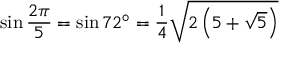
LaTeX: \sin { \frac { 2 \pi } { 5 } } = \sin 7 2 ^ { \circ } = { \frac { 1 } { 4 } } { \sqrt { 2 \left( 5 + { \sqrt { 5 } } \right) } }